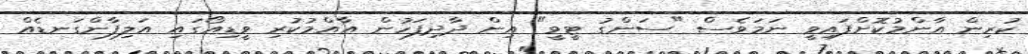
ކުރިން އާންމުކޮށްފައިވީ ނަމަވެސް "ސަންގު ޓީވީ" އިން ދާދިފަހުން އާއްމުކުރި ވީޑިއޯގައި އަލިފާންގަނޑެއް